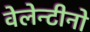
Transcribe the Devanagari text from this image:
वेलेन्टीनो